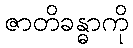
ဇာတိခန္ဓာကို